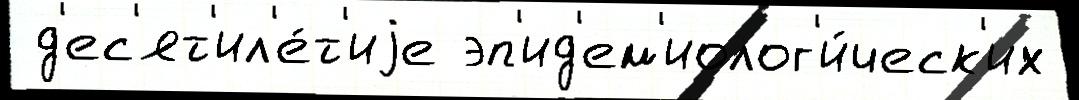
 д'ес'ят'ил'е́т'иjе эп'ид'ем'иолог'и́ческ'их